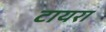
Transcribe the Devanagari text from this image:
टायरा